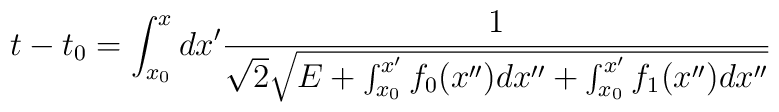
t-t_0=\int_{x_0}^x dx'    \frac{1}{\sqrt{2}\sqrt{E+\int_{x_0}^{x'}f_0(x'')dx''    +\int_{x_0}^{x'}f_1(x'')dx''}}